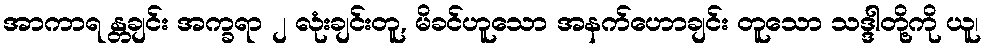
အာကာရ န္တချင်း အက္ခရာ ၂ လုံးချင်းတူ, မိခင်ဟူသော အနက်ဟောချင်း တူသော သဒ္ဒါတို့ကို ယူ၊